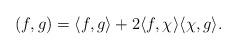
\begin{align*}( f, g ) = \langle f,g\rangle + 2\langle f,\chi\rangle\langle \chi,g\rangle.\end{align*}